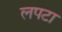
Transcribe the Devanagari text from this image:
लपटा